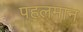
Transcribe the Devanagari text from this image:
पहलमान